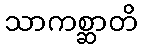
သာကစ္ဆာတိ